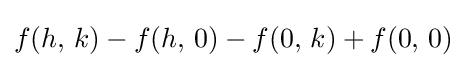
f(h,\,k)-f(h,\,0)-f(0,\,k)+f(0,\,0)